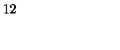
1 2